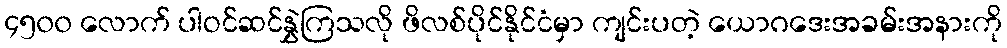
၄၅၀၀ လောက် ပါဝင်ဆင်နွှဲကြသလို ဖိလစ်ပိုင်နိုင်ငံမှာ ကျင်းပတဲ့ ယောဂဒေးအခမ်းအနားကို